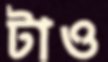
টাও